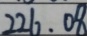
2 2 6 . 0 8